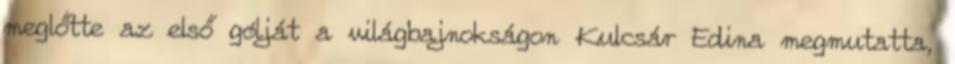
meglőtte az első gólját a világbajnokságon Kulcsár Edina megmutatta,